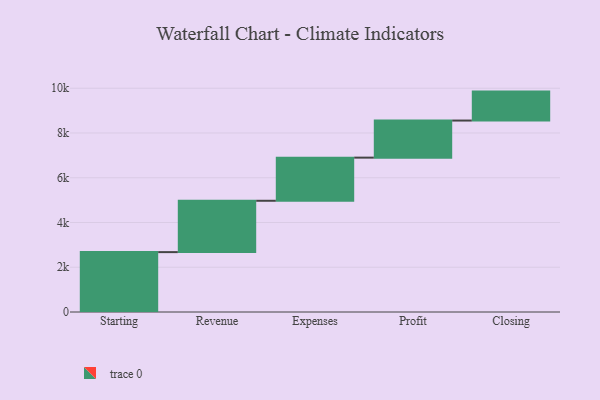
{"axis": {"x": "Step", "y": "Value"}, "legend": [""], "data": [{"x": "Starting", "y": 2676.0, "type": ""}, {"x": "Revenue", "y": 2295.0, "type": ""}, {"x": "Expenses", "y": 1928.0, "type": ""}, {"x": "Profit", "y": 1657.0, "type": ""}, {"x": "Closing", "y": 1294.0, "type": ""}]}